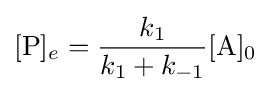
[{\ce {P}}]_{e}={\frac {k_{1}}{k_{1}+k_{-1}}}{\ce {[A]0}}